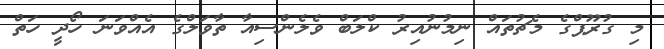
މި ގުރޫޕްގެ މެޗުތައް ނިމުނުއިރު ކްލަބް ވެލެންސިއާ ތާވަލްގެ އެއްވަނަ ހޯދީ ހަތް